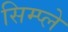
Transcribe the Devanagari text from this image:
सिम्प्ले